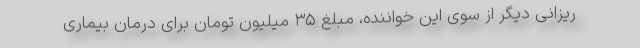
ریزانی دیگر از سوی این خواننده، مبلغ ۳۵ میلیون تومان برای درمان بیماری